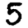
Digit: 5